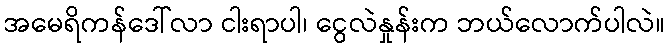
အမေရိကန်ဒေါ်လာ ငါးရာပါ၊ ငွေလဲနှုန်းက ဘယ်လောက်ပါလဲ။